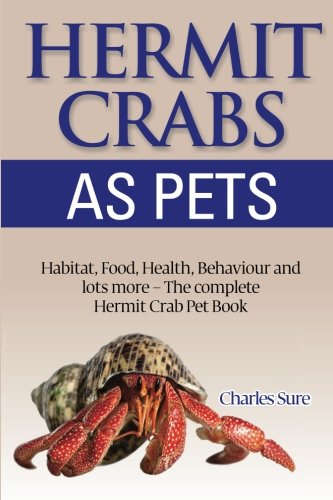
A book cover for Hermit Crab Care: Habitat, Food, Health, Behavior, Shells, and lots more. The complete Hermit Crab Pet Book; Charles Sure; Crafts, Hobbies & Home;